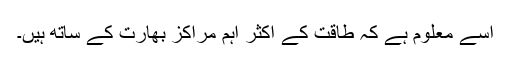
اسے معلوم ہے کہ طاقت کے اکثر اہم مراکز بھارت کے ساتھ ہیں۔